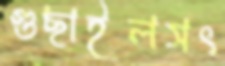
গুছাইলসৎ